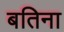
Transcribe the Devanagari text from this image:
बतिना